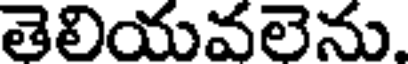
తెలియవలెను.